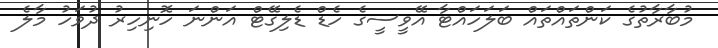
މުބާރާތުގެ ކަންތައްތައް ބަލަހައްޓާ އޭވީސީގެ ހެޑް ޑެލިގޭޓް އަންނަ ހޮނިހިރު ދުވަހު މާލެ